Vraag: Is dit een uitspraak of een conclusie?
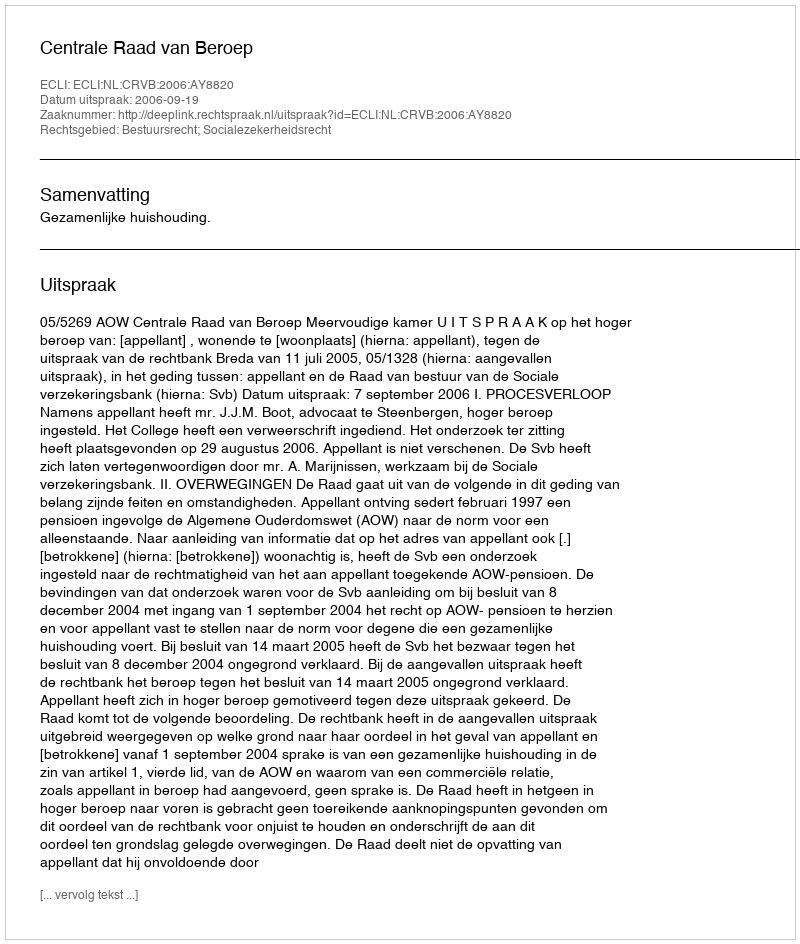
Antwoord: Uitspraak